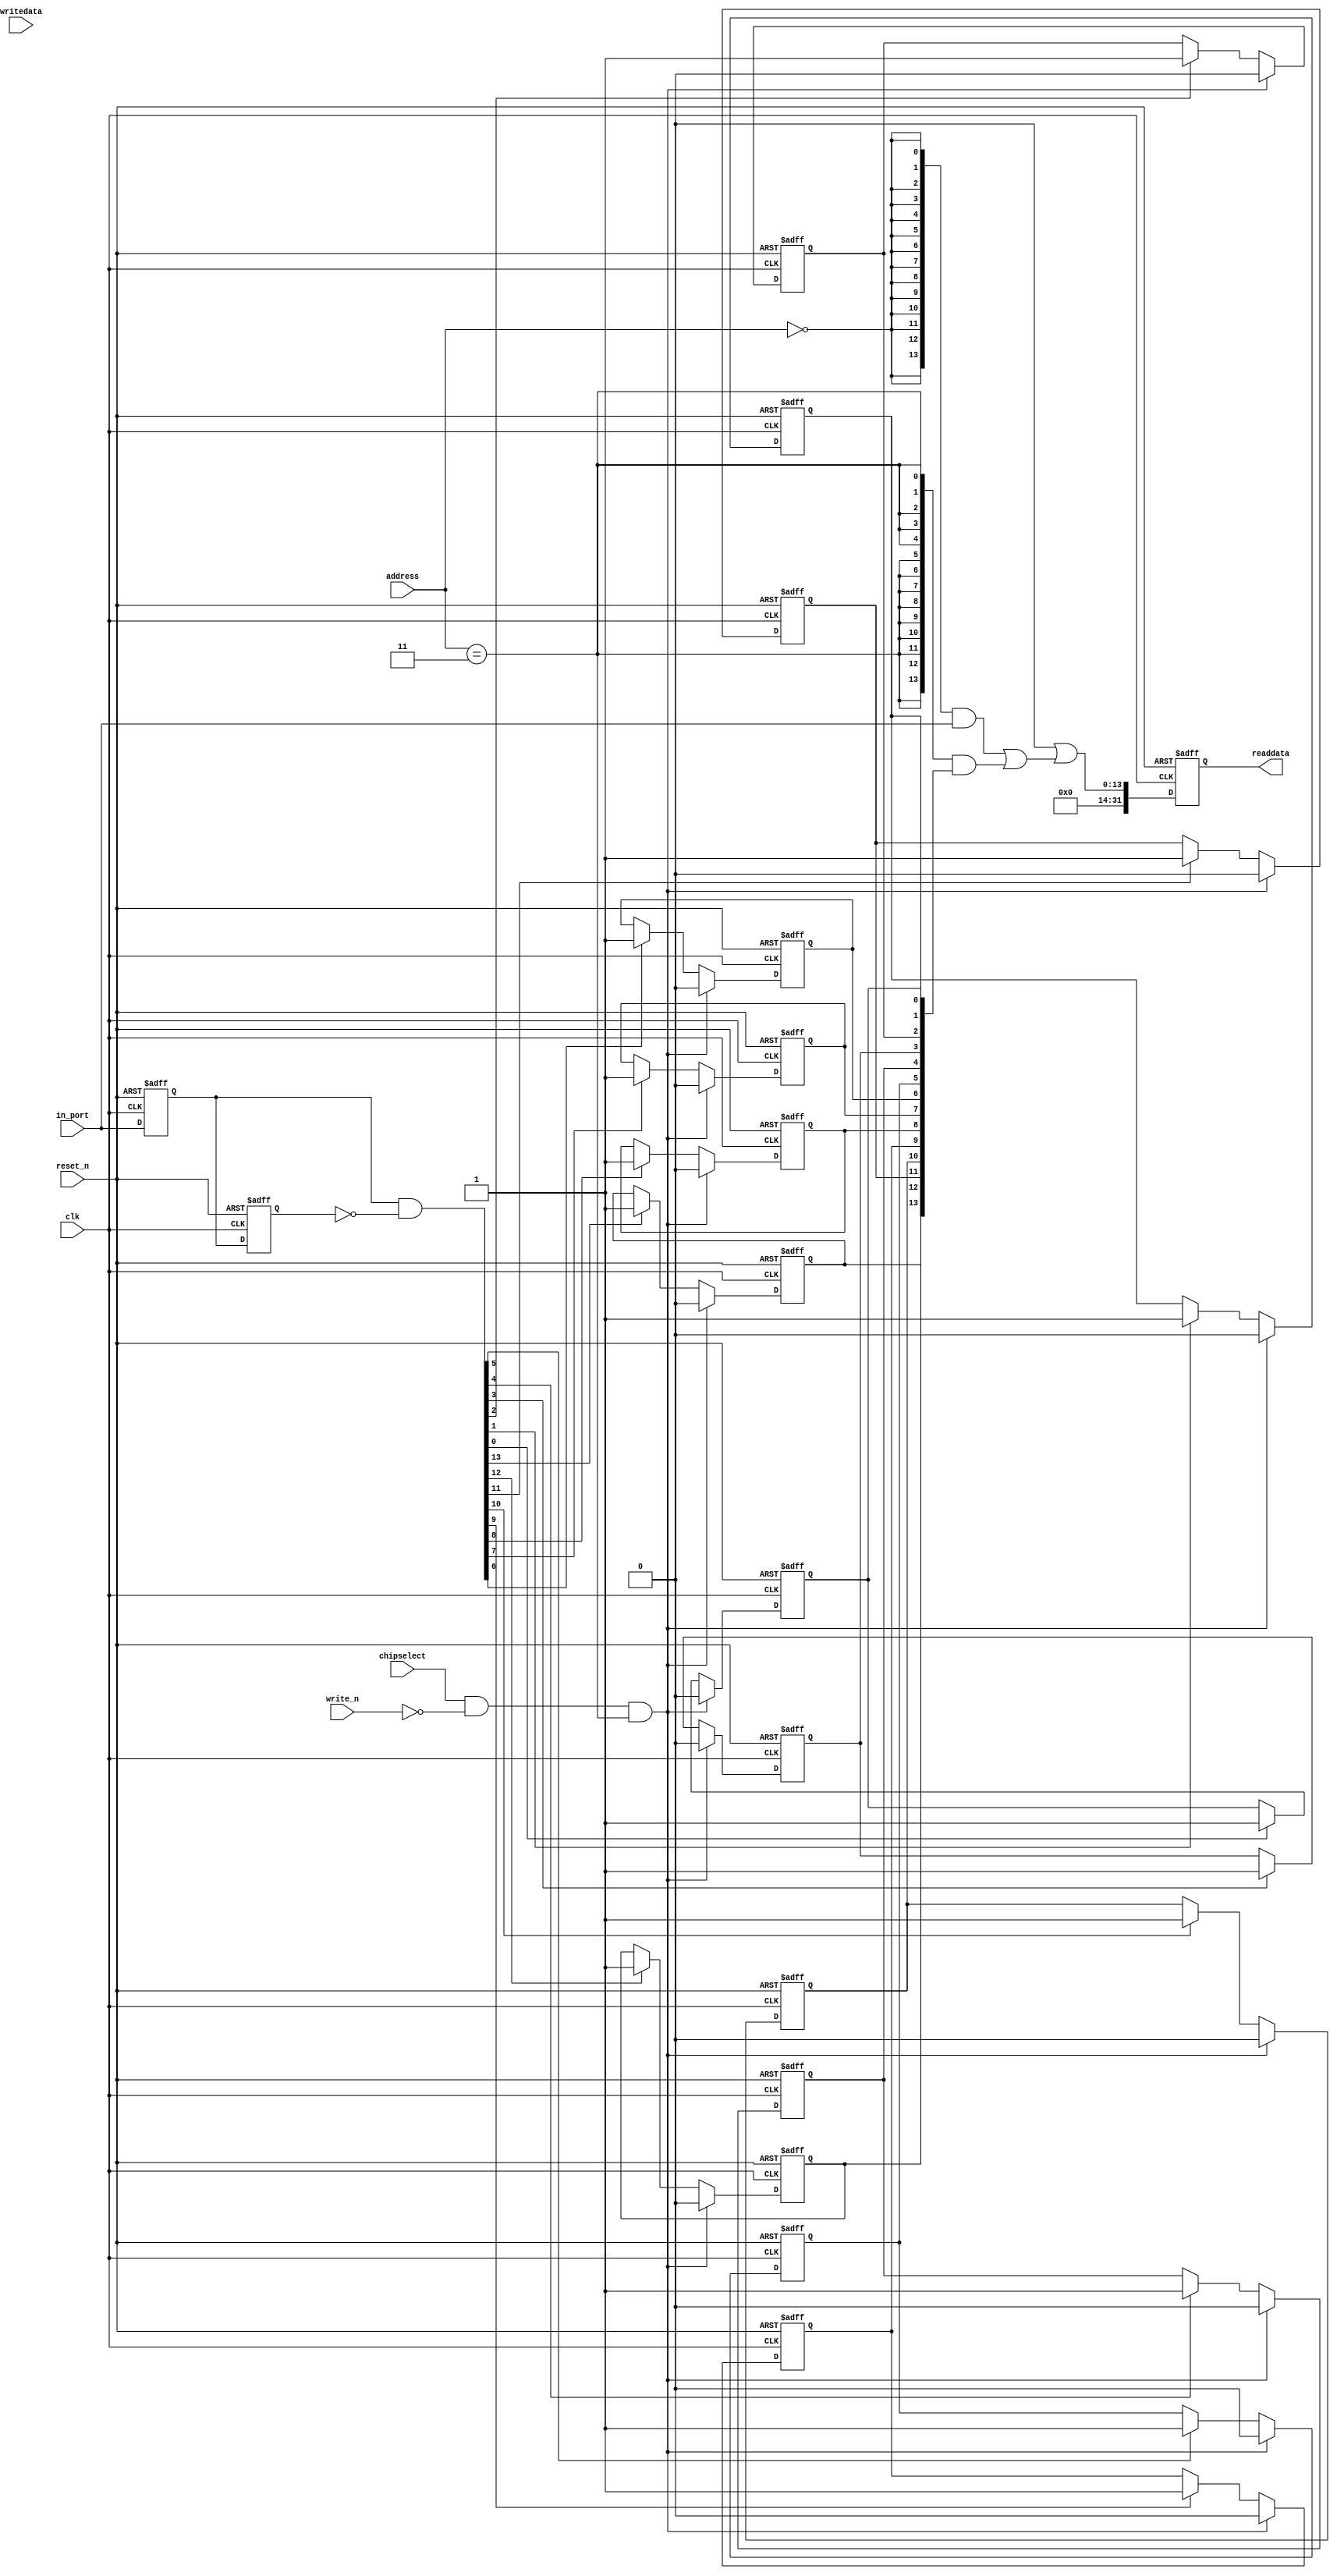
module NIOS_SYSTEMV3_CH0_TIME (
                                // inputs:
                                 address,
                                 chipselect,
                                 clk,
                                 in_port,
                                 reset_n,
                                 write_n,
                                 writedata,

                                // outputs:
                                 readdata
                              )
;

  output  [ 31: 0] readdata;
  input   [  1: 0] address;
  input            chipselect;
  input            clk;
  input   [ 13: 0] in_port;
  input            reset_n;
  input            write_n;
  input   [ 31: 0] writedata;

  wire             clk_en;
  reg     [ 13: 0] d1_data_in;
  reg     [ 13: 0] d2_data_in;
  wire    [ 13: 0] data_in;
  reg     [ 13: 0] edge_capture;
  wire             edge_capture_wr_strobe;
  wire    [ 13: 0] edge_detect;
  wire    [ 13: 0] read_mux_out;
  reg     [ 31: 0] readdata;
  assign clk_en = 1;
  //s1, which is an e_avalon_slave
  assign read_mux_out = ({14 {(address == 0)}} & data_in) |
    ({14 {(address == 3)}} & edge_capture);

  always @(posedge clk or negedge reset_n)
    begin
      if (reset_n == 0)
          readdata <= 0;
      else if (clk_en)
          readdata <= {32'b0 | read_mux_out};
    end


  assign data_in = in_port;
  assign edge_capture_wr_strobe = chipselect && ~write_n && (address == 3);
  always @(posedge clk or negedge reset_n)
    begin
      if (reset_n == 0)
          edge_capture[0] <= 0;
      else if (clk_en)
          if (edge_capture_wr_strobe)
              edge_capture[0] <= 0;
          else if (edge_detect[0])
              edge_capture[0] <= -1;
    end


  always @(posedge clk or negedge reset_n)
    begin
      if (reset_n == 0)
          edge_capture[1] <= 0;
      else if (clk_en)
          if (edge_capture_wr_strobe)
              edge_capture[1] <= 0;
          else if (edge_detect[1])
              edge_capture[1] <= -1;
    end


  always @(posedge clk or negedge reset_n)
    begin
      if (reset_n == 0)
          edge_capture[2] <= 0;
      else if (clk_en)
          if (edge_capture_wr_strobe)
              edge_capture[2] <= 0;
          else if (edge_detect[2])
              edge_capture[2] <= -1;
    end


  always @(posedge clk or negedge reset_n)
    begin
      if (reset_n == 0)
          edge_capture[3] <= 0;
      else if (clk_en)
          if (edge_capture_wr_strobe)
              edge_capture[3] <= 0;
          else if (edge_detect[3])
              edge_capture[3] <= -1;
    end


  always @(posedge clk or negedge reset_n)
    begin
      if (reset_n == 0)
          edge_capture[4] <= 0;
      else if (clk_en)
          if (edge_capture_wr_strobe)
              edge_capture[4] <= 0;
          else if (edge_detect[4])
              edge_capture[4] <= -1;
    end


  always @(posedge clk or negedge reset_n)
    begin
      if (reset_n == 0)
          edge_capture[5] <= 0;
      else if (clk_en)
          if (edge_capture_wr_strobe)
              edge_capture[5] <= 0;
          else if (edge_detect[5])
              edge_capture[5] <= -1;
    end


  always @(posedge clk or negedge reset_n)
    begin
      if (reset_n == 0)
          edge_capture[6] <= 0;
      else if (clk_en)
          if (edge_capture_wr_strobe)
              edge_capture[6] <= 0;
          else if (edge_detect[6])
              edge_capture[6] <= -1;
    end


  always @(posedge clk or negedge reset_n)
    begin
      if (reset_n == 0)
          edge_capture[7] <= 0;
      else if (clk_en)
          if (edge_capture_wr_strobe)
              edge_capture[7] <= 0;
          else if (edge_detect[7])
              edge_capture[7] <= -1;
    end


  always @(posedge clk or negedge reset_n)
    begin
      if (reset_n == 0)
          edge_capture[8] <= 0;
      else if (clk_en)
          if (edge_capture_wr_strobe)
              edge_capture[8] <= 0;
          else if (edge_detect[8])
              edge_capture[8] <= -1;
    end


  always @(posedge clk or negedge reset_n)
    begin
      if (reset_n == 0)
          edge_capture[9] <= 0;
      else if (clk_en)
          if (edge_capture_wr_strobe)
              edge_capture[9] <= 0;
          else if (edge_detect[9])
              edge_capture[9] <= -1;
    end


  always @(posedge clk or negedge reset_n)
    begin
      if (reset_n == 0)
          edge_capture[10] <= 0;
      else if (clk_en)
          if (edge_capture_wr_strobe)
              edge_capture[10] <= 0;
          else if (edge_detect[10])
              edge_capture[10] <= -1;
    end


  always @(posedge clk or negedge reset_n)
    begin
      if (reset_n == 0)
          edge_capture[11] <= 0;
      else if (clk_en)
          if (edge_capture_wr_strobe)
              edge_capture[11] <= 0;
          else if (edge_detect[11])
              edge_capture[11] <= -1;
    end


  always @(posedge clk or negedge reset_n)
    begin
      if (reset_n == 0)
          edge_capture[12] <= 0;
      else if (clk_en)
          if (edge_capture_wr_strobe)
              edge_capture[12] <= 0;
          else if (edge_detect[12])
              edge_capture[12] <= -1;
    end


  always @(posedge clk or negedge reset_n)
    begin
      if (reset_n == 0)
          edge_capture[13] <= 0;
      else if (clk_en)
          if (edge_capture_wr_strobe)
              edge_capture[13] <= 0;
          else if (edge_detect[13])
              edge_capture[13] <= -1;
    end


  always @(posedge clk or negedge reset_n)
    begin
      if (reset_n == 0)
        begin
          d1_data_in <= 0;
          d2_data_in <= 0;
        end
      else if (clk_en)
        begin
          d1_data_in <= data_in;
          d2_data_in <= d1_data_in;
        end
    end


  assign edge_detect = d1_data_in & ~d2_data_in;

endmodule